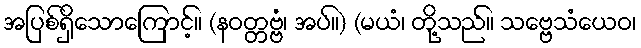
အပြစ်ရှိသောကြောင့်။ (နဝတ္တဗ္ဗံ၊ အပ်။) (မယံ၊ တို့သည်။ သဗ္ဗေသံယေဝ၊